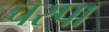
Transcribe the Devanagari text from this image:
चस्‍पा